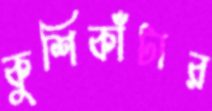
কুশিকাঁটার